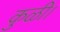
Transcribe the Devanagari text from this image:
कुळी।